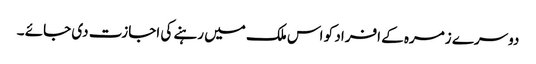
دوسرے زمرہ کے افراد کو اس ملک میں رہنے کی اجازت دی جائے ۔